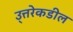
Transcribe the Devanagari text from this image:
उ्त्तरेकडील